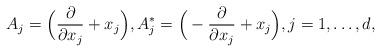
LaTeX: \begin{align*}A_j=\Big(\frac{\partial}{\partial x_j}+x_j\Big),A_j^*=\Big(-\frac{\partial}{\partial x_j}+x_j\Big),j=1,\ldots,d,\end{align*}